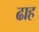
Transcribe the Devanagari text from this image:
ढाह